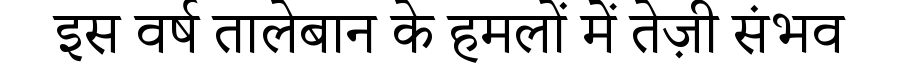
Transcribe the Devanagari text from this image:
इस वर्ष तालेबान के हमलों में तेज़ी संभव